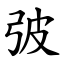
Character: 㢰